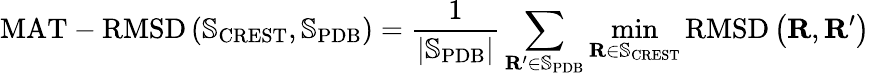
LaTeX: \mathrm{MAT-RMSD}\left(\mathbb{S}_{\mathrm{CREST}},\mathbb{S}_{\mathrm{PDB}}\right)=\frac{1}{\lvert\mathbb{S}_{\mathrm{PDB}}\rvert}\sum_{\mathbf{R}^{\prime}\in\mathbb{S}_{\mathrm{PDB}}}\operatorname*{min}_{\mathbf{R}\in\mathbb{S}_{\mathrm{CREST}}}\mathrm{RMSD}\left(\mathbf{R},\mathbf{R}^{\prime}\right)